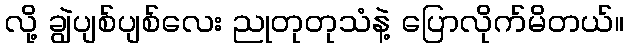
လို့ ချွဲပျစ်ပျစ်လေး ညုတုတုသံနဲ့ ပြောလိုက်မိတယ်။